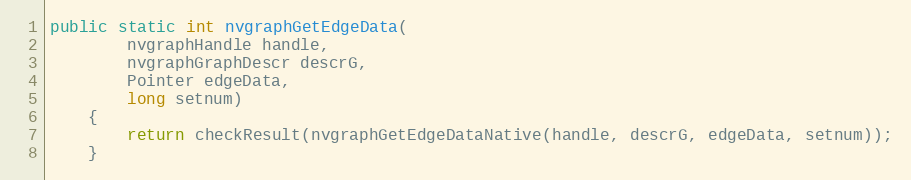
Language: Java
public static int nvgraphGetEdgeData(
        nvgraphHandle handle,
        nvgraphGraphDescr descrG,
        Pointer edgeData,
        long setnum)
    {
        return checkResult(nvgraphGetEdgeDataNative(handle, descrG, edgeData, setnum));
    }